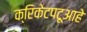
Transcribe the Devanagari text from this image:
क्रिकेटपटूआहे